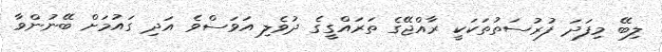
ލިބޭ މިފަދަ ފުރުސަތުތަކަކީ ރާއްޖޭގެ ތަރައްގީގެ ދުވެލި އަވަސްވެ އަދި ގައުމަށް ބޭނުންވާ